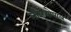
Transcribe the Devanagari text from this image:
लालगोपाल